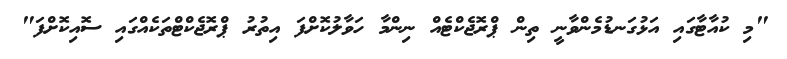
"މި ކުއާޓާގައި އަޅުގަނޑުމެންވާނީ ތިން ޕްރޮޖެކްޓެއް ނިންމާ ހަވާލުކޮށްފަ އިތުރު ޕްރޮޖެކްޓްތަކެއްގައި ސޮއިކޮށްފަ"